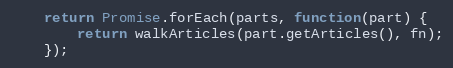
Language: JavaScript
    return Promise.forEach(parts, function(part) {
        return walkArticles(part.getArticles(), fn);
    });